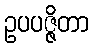
ဥပပဇ္ဇိတာ